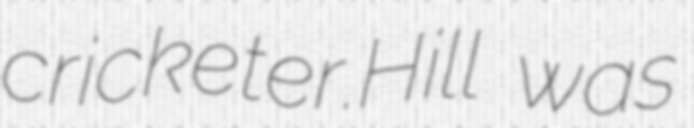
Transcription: cricketer.Hill was